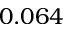
0 . 0 6 4